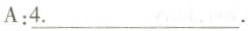
A:\underline{4.}.